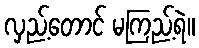
လှည့်တောင် မကြည့်ရဲ။